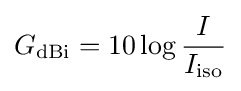
G_{\text{dBi}}=10\log {I \over I_{\text{iso}}}